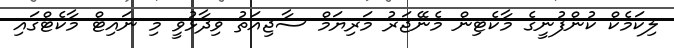
ލިކަމެކް ކުންފުނީގެ މާކެޓިން މެނޭޖަރު މަރިޔަމް ސާޖިއަތު ވިދާޅުވީ މި ނައިޓް މާކެޓްގައި